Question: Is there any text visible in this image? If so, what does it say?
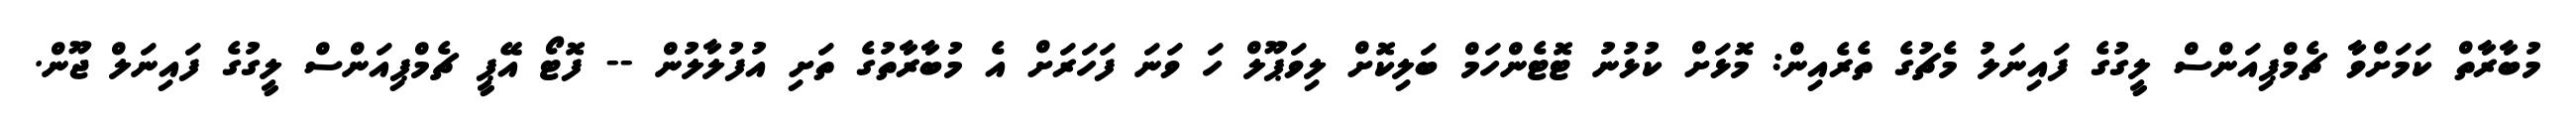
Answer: މުބާރާތް ކަމަށްވާ ޗެމްޕިއަންސް ލީގުގެ ފައިނަލު މެޗުގެ ތެރެއިން: މޮޅަށް ކުޅުނު ޓޮޓެންހަމް ބަލިކޮށް ލިވަޕޫލް ހަ ވަނަ ފަހަރަށް އެ މުބާރާތުގެ ތަށި އުފުލާލުން -- ފޮޓޯ އޭޕީ ޗެމްޕިއަންސް ލީގުގެ ފައިނަލް ޖޫން.